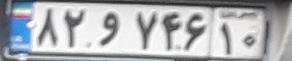
۸۲و۷۴۶۱۰